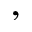
,